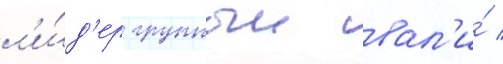
л'и́д'ер группыи вал'и́ /